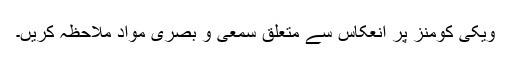
ویکی کومنز پر انعکاس سے متعلق سمعی و بصری مواد ملاحظہ کریں۔